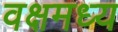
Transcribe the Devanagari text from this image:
वक्षमध्य